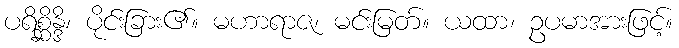
ပရိစ္ဆိန္ဒိ၊ ပိုင်းခြား၏။ မဟာရာဇ၊ မင်းမြတ်။ ယထာ၊ ဥပမာအားဖြင့်။